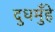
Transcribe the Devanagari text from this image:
दुधमुँहे